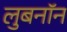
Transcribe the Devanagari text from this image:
लुबनॉन